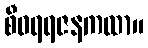
စီဝရရဇနကထာ။